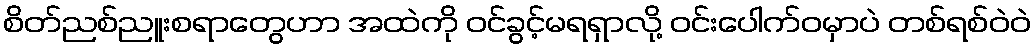
စိတ်ညစ်ညူးစရာတွေဟာ အထဲကို ဝင်ခွင့်မရရှာလို့ ဝင်းပေါက်ဝမှာပဲ တစ်ရစ်ဝဲဝဲ